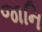
જાનિ